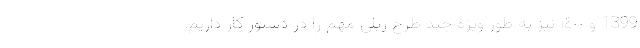
1399 و ١٤٠٠ نیز به طور ویژه چند طرح ریلی مهم را در دستور کار داریم.